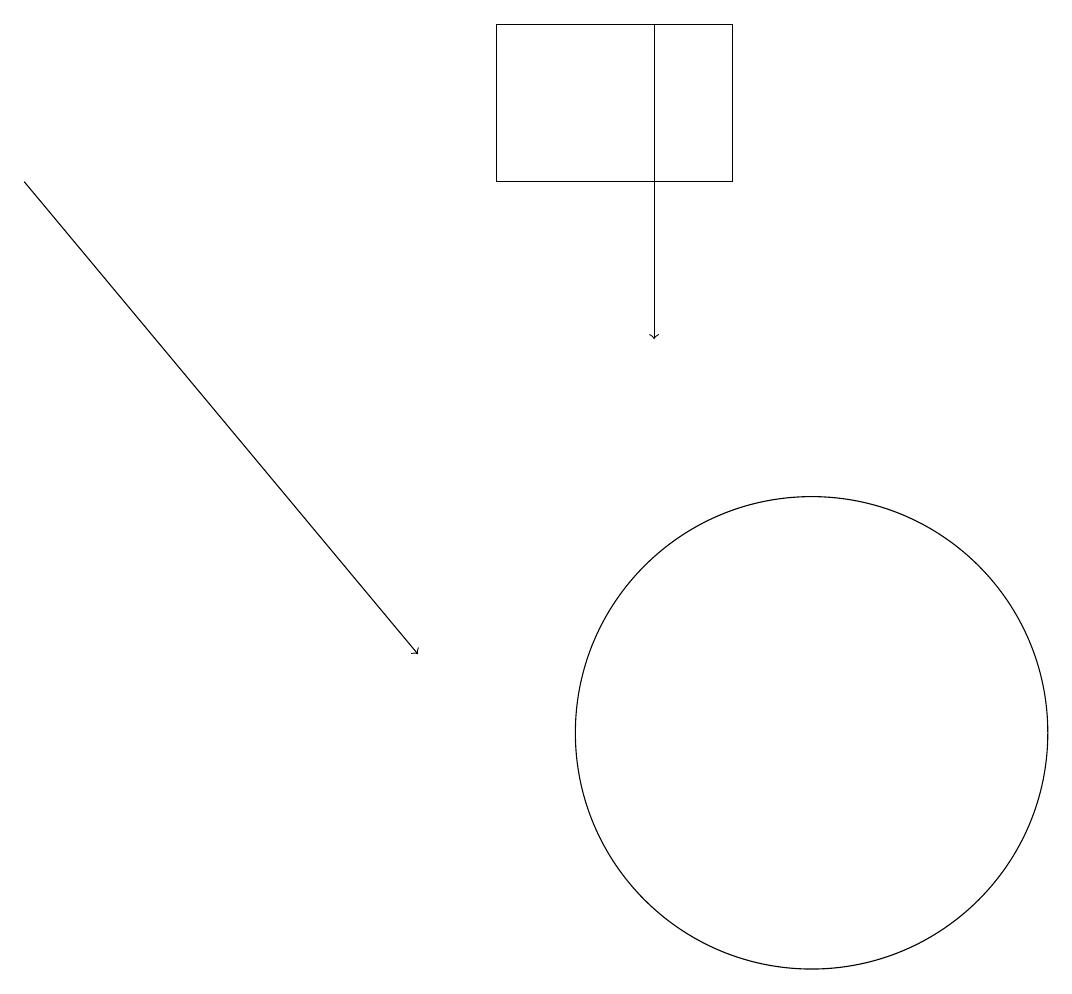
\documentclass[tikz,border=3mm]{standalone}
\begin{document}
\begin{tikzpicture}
\draw[->] (0,17) -- (5,11);
\draw (6,17) rectangle (9,19);
\draw[->] (8,19) -- (8,15);
\draw (10,10) circle (3);
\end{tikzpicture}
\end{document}